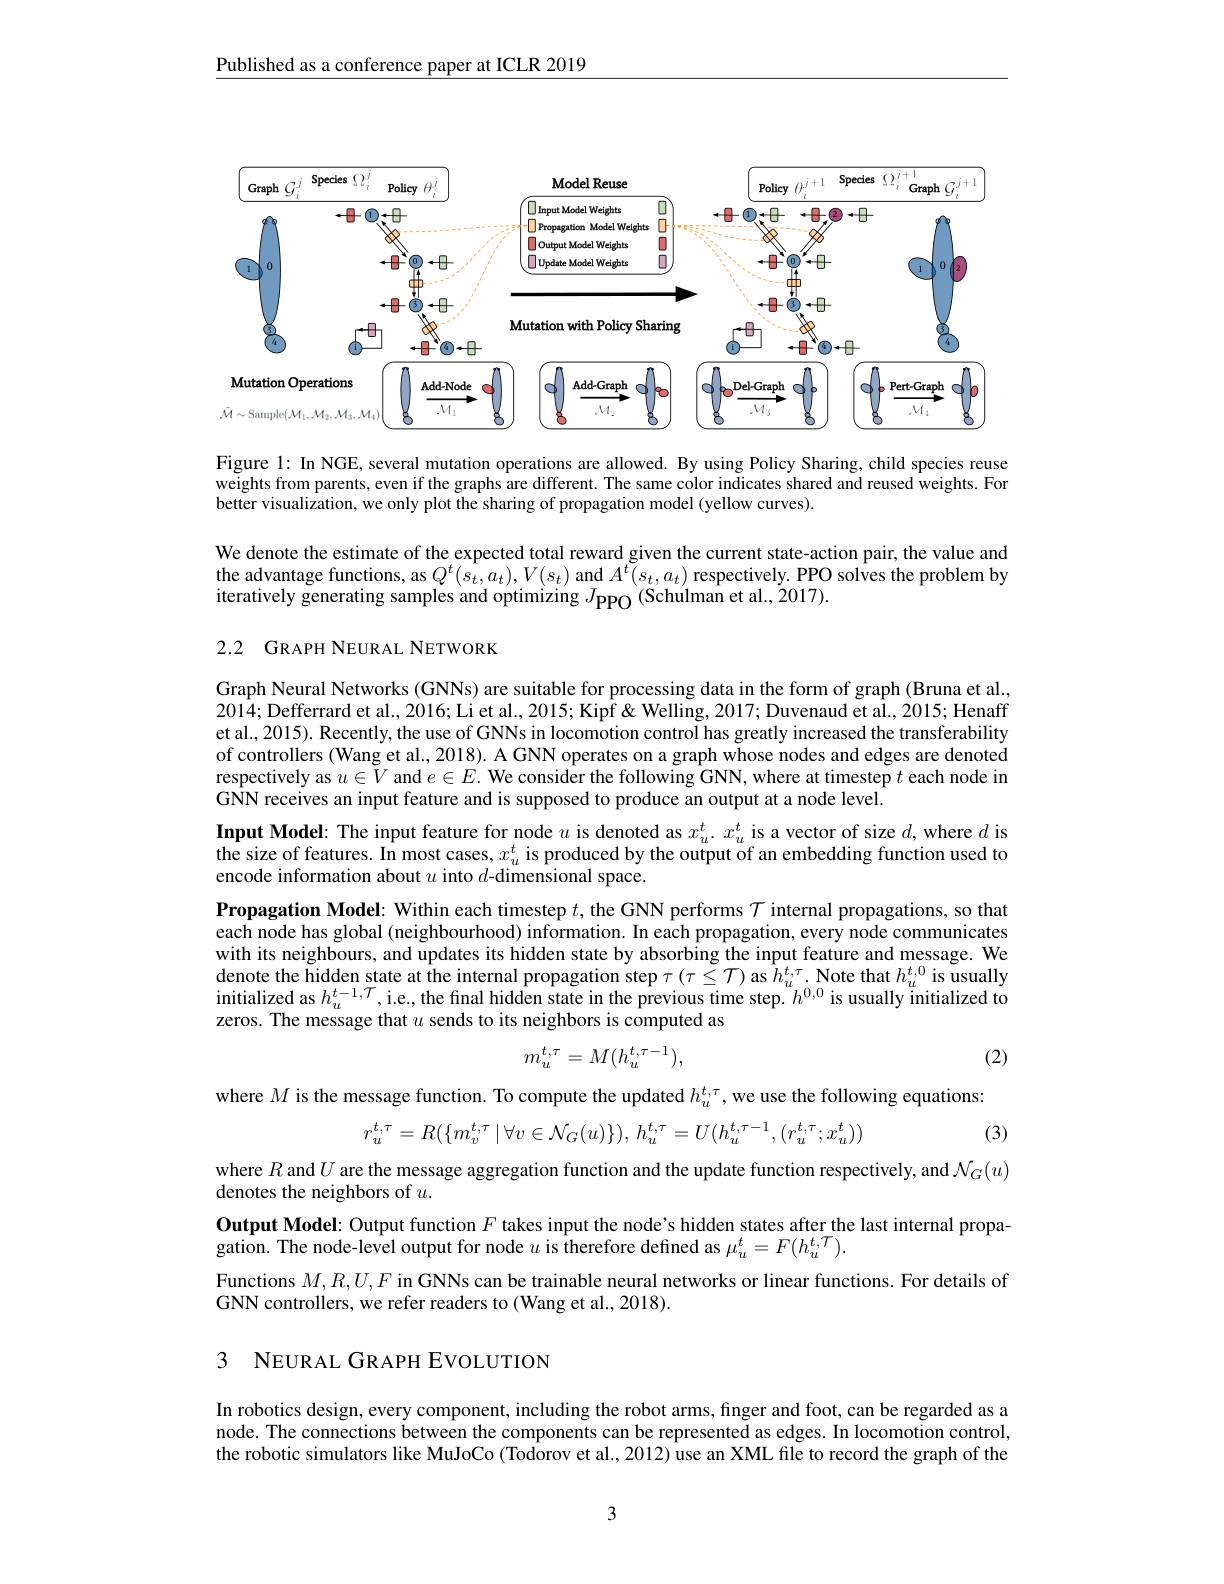
Published as a conference paper at ICLR 2019

<FigureHere>

Figure l: In NGE, several mutation operations are allowed. By using Policy Sharing, child species reuse weights from parents, even if the graphs are different. The same color indicates shared and reused weights. For better visualization, we only plot the sharing of propagation model (yellow curves).

We denote the estimate of the expected total reward given the current state-action pair, the value and the advantage functions, as $Q^{t}(s_{t},a_{t}),V(s_{t})$ and $\bar A^{t}(s_{t},a_{t})$ respectively. PPO solves the problem by iteratively generating samples and optimizing $J_\mathrm{PPO}($Schulman et al., 2017).

## 2.2 GRAPH NEURAL NETWORK

Graph Neural Networks (GNNs) are suitable for processing data in the form of graph (Bruna et al., 2014; Defferrard et al., 2016; Li et al., 2015; Kipf & Welling, 2017; Duvenaud et al., 2015; Henaff et al., 2015). Recently, the use of GNNs in locomotion control has greatly increased the transferability of controllers (Wang et al., 2018). A GNN operates on a graph whose nodes and edges are denoted respectively as $u\in V$ and $e\in E.$ We consider the following GNN, where at timestep $t$ each node in GNN receives an input feature and is supposed to produce an output at a node level.

Input Model: The input feature for node $u$ is denoted as $x_u^t.x_u^t$ is a vector of size $d$, where $d$ is $\bar{\text{the size of features. In most cases, }x_{u}^{t}}$ is produced by the output of an embedding function used to encode information about $u$ into $d$-dimensional space.
Propagation Model: Within each timestep $t$, the GNN performs $\mathcal{T}$ internal propagations, so that each node has global (neighbourhood) information. In each propagation, every node communicates with its neighbours, and updates its hidden state by absorbing the input feature and message. We denote the hidden state at the internal propagation step $\tau(\tau\leq\mathcal{T})$ as $h_u^{t,\tau}.$ Note that $h_u^{t,0}$ is usually initialized as $h_u^{t-1,\mathcal{T}}$,i.e., the final hidden state in the previous time step. $h^{0,0}$ is usually initialized to zeros. The message that $u$ sends to its neighbors is computed as
$$m_{u}^{t,\tau}=M(h_{u}^{t,\tau-1}),$$
(2)

where $M$ is the message function. To compute the updated $h_u^{t,\tau}$, we use the following equations:
$$r_{u}^{t,\tau}=R(\{m_{v}^{t,\tau}\mid\forall v\in\mathcal{N}_{G}(u)\}),\:h_{u}^{t,\tau}=U(h_{u}^{t,\tau-1},(r_{u}^{t,\tau};x_{u}^{t}))$$
(3)

where $R$ and $U$ are the message aggregation function and the update function respectively, and $\mathcal{N}_G(u)$
denotes the neighbors of $u.$

Output Model: Output function $F$ takes input the node's hidden states after the last internal propa-
$\dot{\text{gation. The node-level output for node }u\text{ is therefore defined as }\mu}_{u}^{t}=F(h_{u}^{t,\mathcal{T}}).$
Functions $M,R,U,F$ in GNNs can be trainable neural networks or linear functions. For details of
GNN controllers, we refer readers to (Wang et al., 2018).

## 3 NEURAL GRAPH EVOLUTION

In robotics design, every component, including the robot arms, finger and foot, can be regarded as a node. The connections between the components can be represented as edges. In locomotion control, the robotic simulators like MuJoCo (Todorov et al., 2012) use an XML file to record the graph of the

3